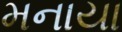
મનાયા